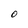
Character: O